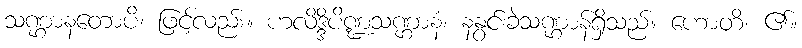
သဏ္ဌာနတောပိ၊ ဖြင့်လည်း။ ဟလိဒ္ဒိပိဏ္ဍသဏ္ဌာနံ၊ နနွင်းခဲသဏ္ဌာန်ရှိသည်။ ဟောတိ၊ ၏။